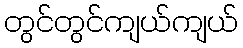
တွင်တွင်ကျယ်ကျယ်